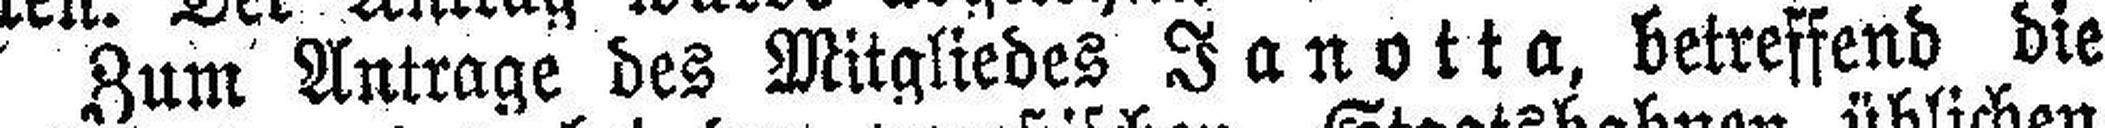
Zum Antrage des Mitgliedes Janotta, betreffend die